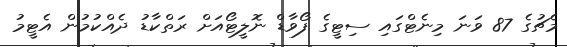
މެޗުގެ 87 ވަނަ މިނެޓްގައި ސިޓީގެ ފޯވާޑް ނޮލީޓޯއަށް ރަތްކާޑު ދެއްކުމުން އެޓީމު